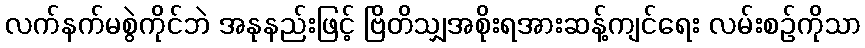
လက်နက်မစွဲကိုင်ဘဲ အနုနည်းဖြင့် ဗြိတိသျှအစိုးရအားဆန့်ကျင်ရေး လမ်းစဉ်ကိုသာ